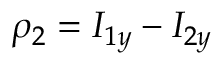
\rho _ { 2 } = I _ { 1 y } - I _ { 2 y }